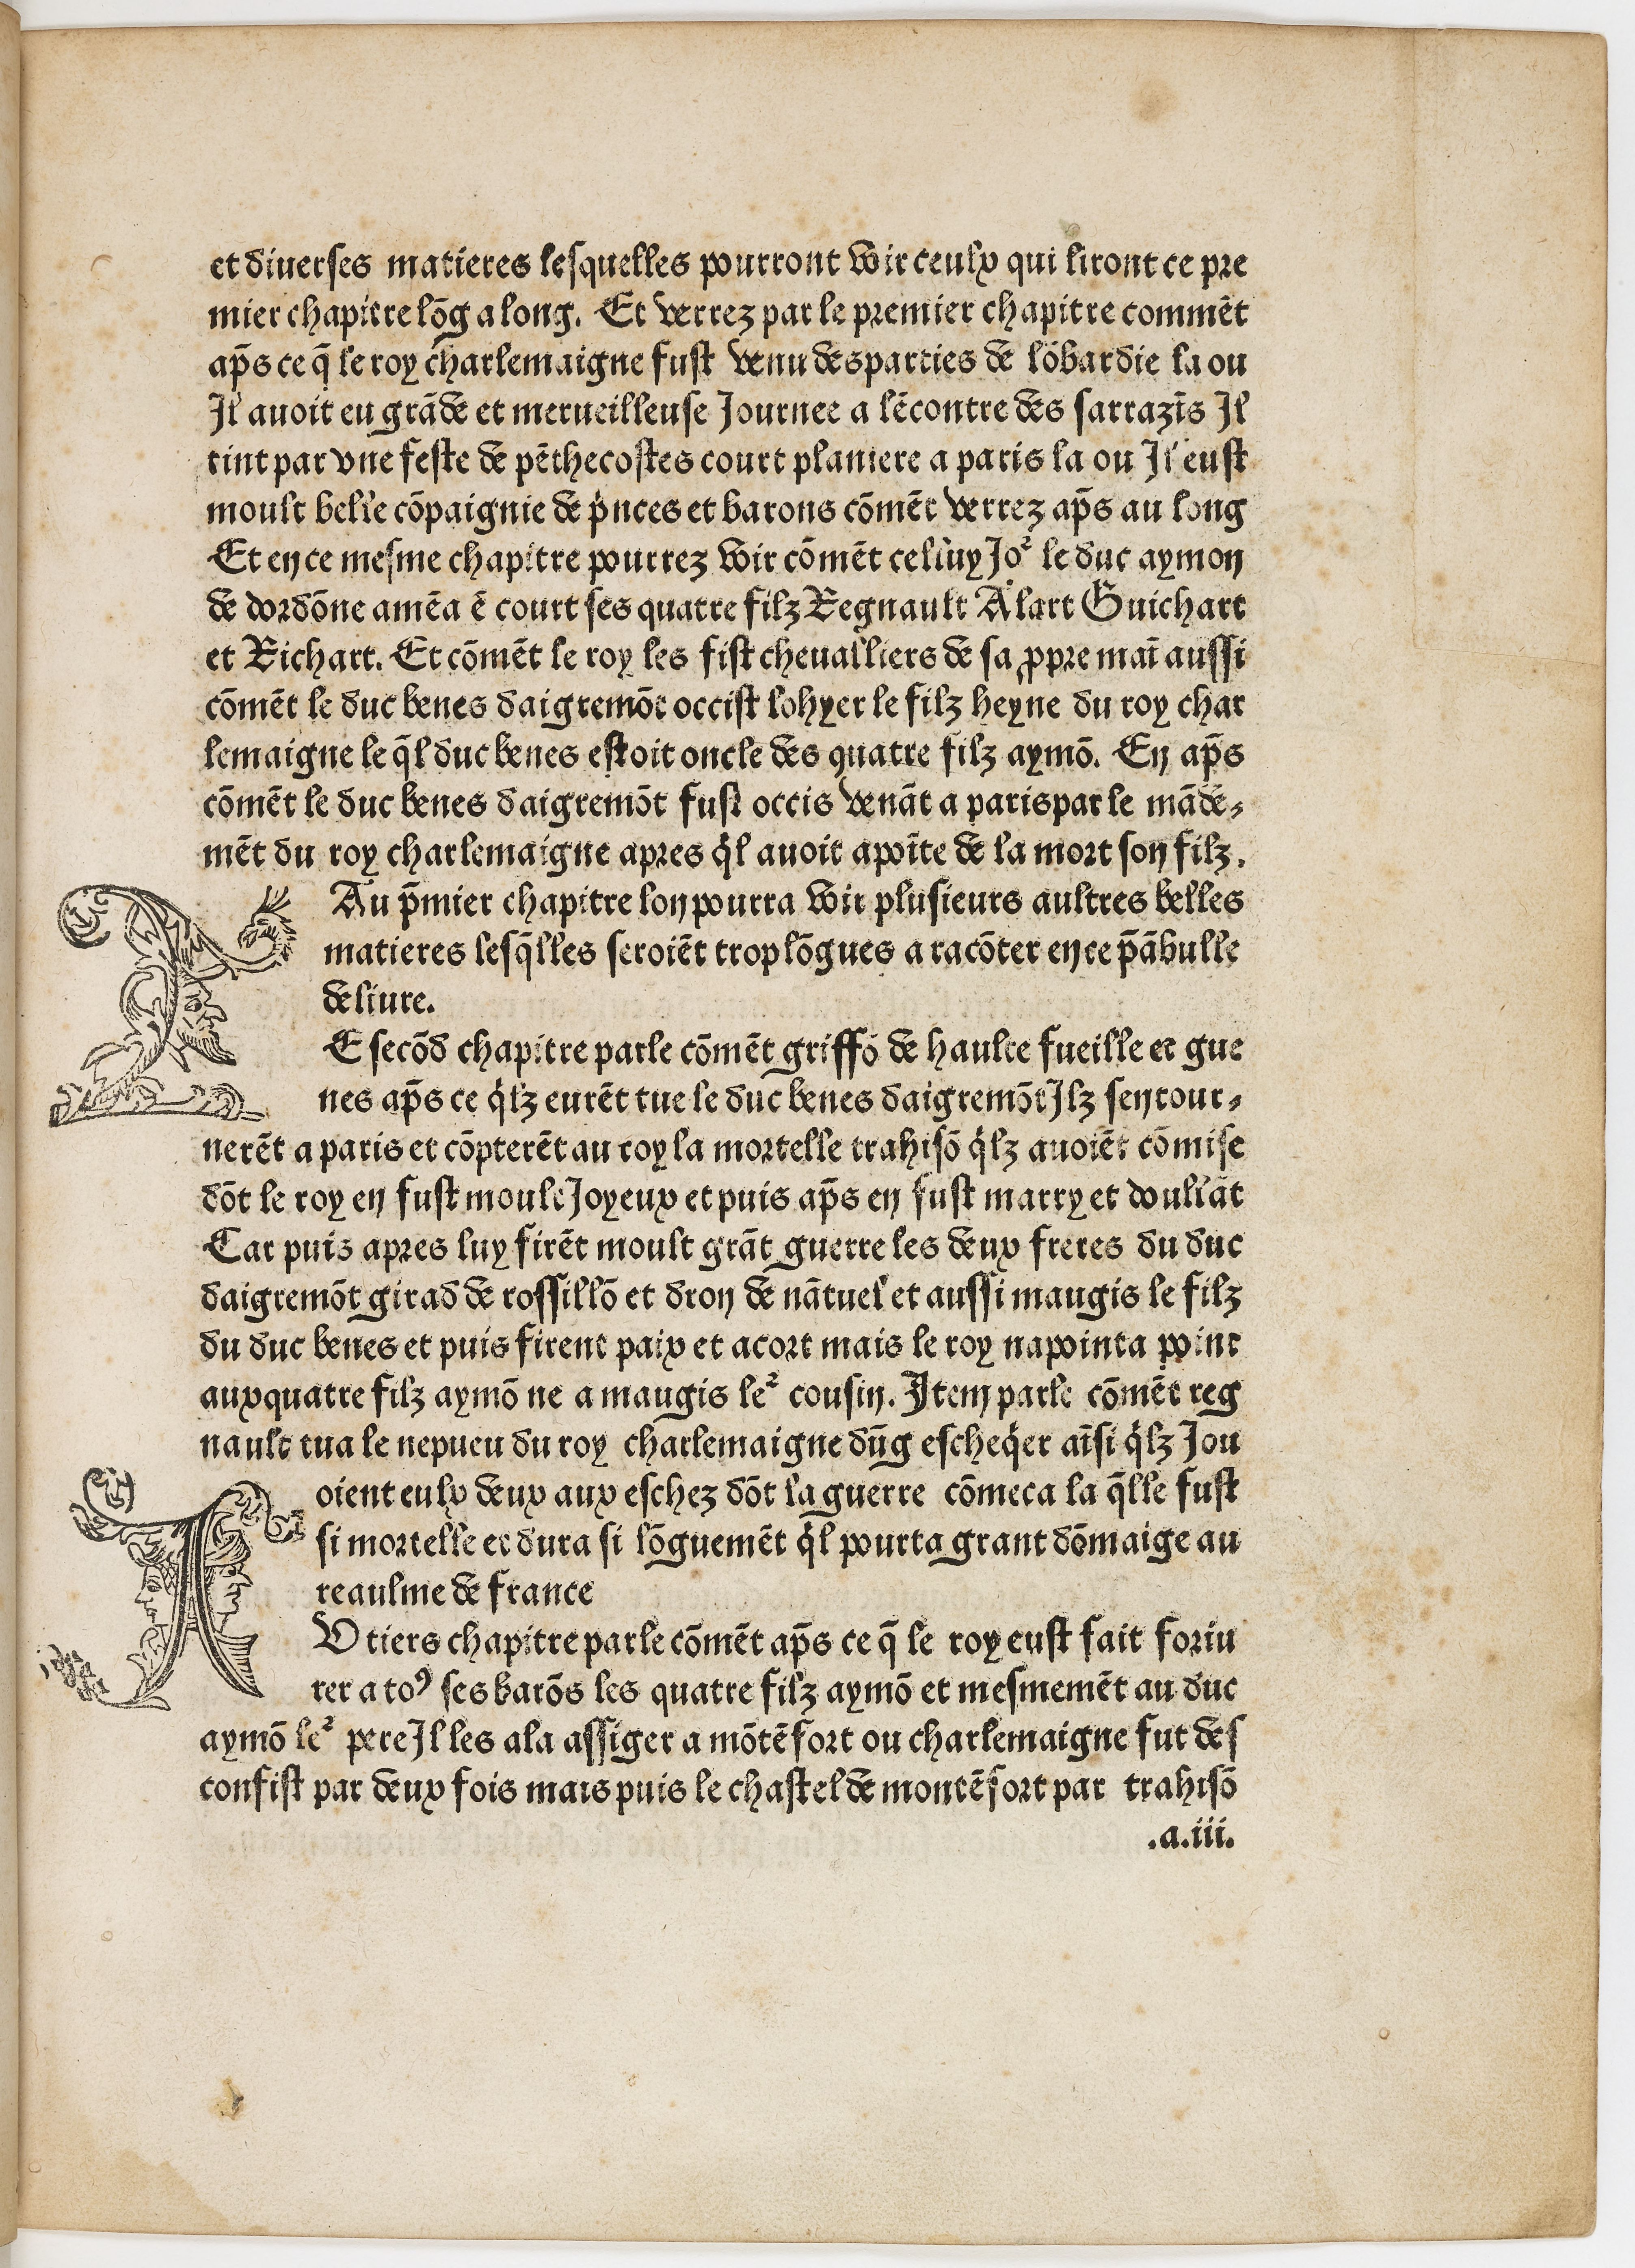
Shelfmark: Paris, BnF, Rés. Y2-364
Century: 15